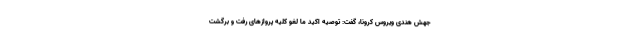
جهش هندی ویروس کرونا، گفت: توصیه اکید ما لغو کلیه پروازهای رفت و برگشت